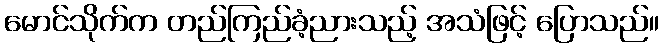
မောင်သိုက်က တည်ကြည်ခံ့ညားသည့် အသံဖြင့် ပြောသည်။